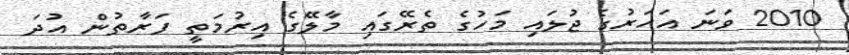
2010 ވަނަ އަހަރުގެ ޖުލައި މަހުގެ ތެރޭގައި މާލޭގެ އިރުމަތީ ފަރާތުން އުދަ